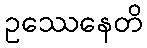
ဥဿေနေတိ